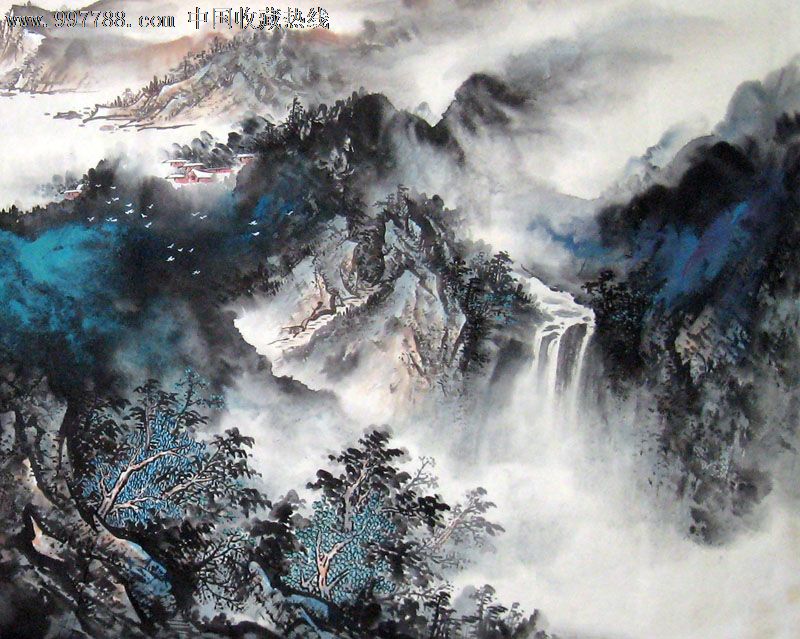
万里乘云去复来，只身东海挟春雷。